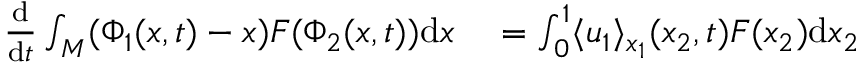
\begin{array} { r l } { \frac { \mathrm { d } } { \mathrm { d } t } \int _ { M } ( \Phi _ { 1 } ( x , t ) - x ) F ( \Phi _ { 2 } ( x , t ) ) \mathrm { d } x } & { { } = \int _ { 0 } ^ { 1 } \langle u _ { 1 } \rangle _ { x _ { 1 } } ( x _ { 2 } , t ) F ( x _ { 2 } ) \mathrm { d } x _ { 2 } } \end{array}